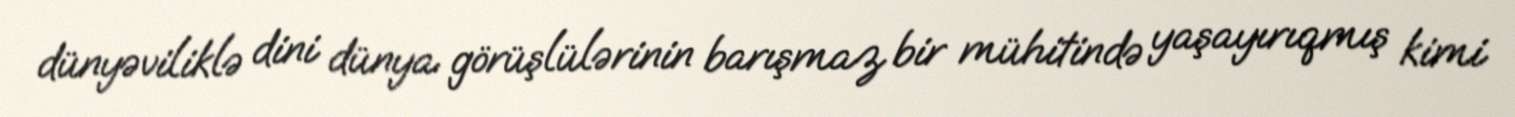
dünyəviliklə dini dünya görüşlülərinin barışmaz bir mühitində yaşayırıqmış kimi